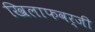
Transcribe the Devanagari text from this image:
खिलाफवर्जी